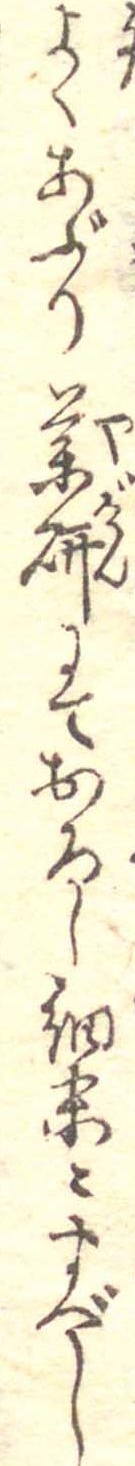
よくあぶり薬研にておろし細末にすべし